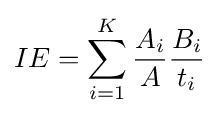
IE=\sum _{i=1}^{K}{\frac {A_{i}}{A}}{\frac {B_{i}}{t_{i}}}